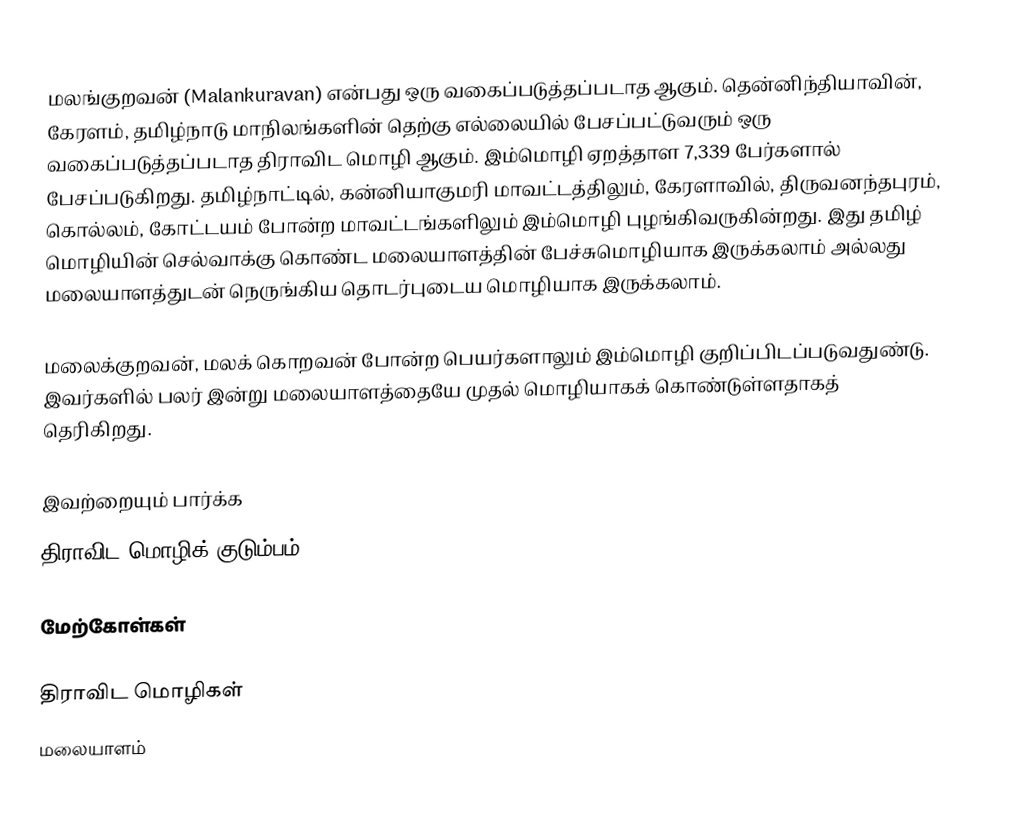
மலங்குறவன் (Malankuravan) என்பது ஒரு வகைப்படுத்தப்படாத  ஆகும். தென்னிந்தியாவின், கேரளம், தமிழ்நாடு மாநிலங்களின் தெற்கு எல்லையில் பேசப்பட்டுவரும் ஒரு வகைப்படுத்தப்படாத திராவிட மொழி ஆகும். இம்மொழி ஏறத்தாள 7,339 பேர்களால் பேசப்படுகிறது. தமிழ்நாட்டில், கன்னியாகுமரி மாவட்டத்திலும், கேரளாவில், திருவனந்தபுரம், கொல்லம், கோட்டயம் போன்ற மாவட்டங்களிலும் இம்மொழி புழங்கிவருகின்றது. இது தமிழ் மொழியின் செல்வாக்கு கொண்ட மலையாளத்தின் பேச்சுமொழியாக இருக்கலாம் அல்லது மலையாளத்துடன் நெருங்கிய தொடர்புடைய மொழியாக இருக்கலாம்.

மலைக்குறவன், மலக் கொறவன் போன்ற பெயர்களாலும் இம்மொழி குறிப்பிடப்படுவதுண்டு. இவர்களில் பலர் இன்று மலையாளத்தையே முதல் மொழியாகக் கொண்டுள்ளதாகத் தெரிகிறது.

இவற்றையும் பார்க்க
 திராவிட மொழிக் குடும்பம்

மேற்கோள்கள்

திராவிட மொழிகள்
மலையாளம்